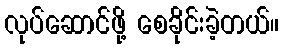
လုပ်ဆောင်ဖို့ စေခိုင်းခဲ့တယ်။